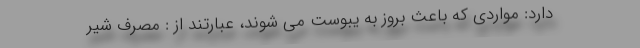
دارد: مواردی که باعث بروز به یبوست می شوند، عبارتند از : مصرف شیر